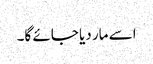
اسے مار دیا جائے گا۔